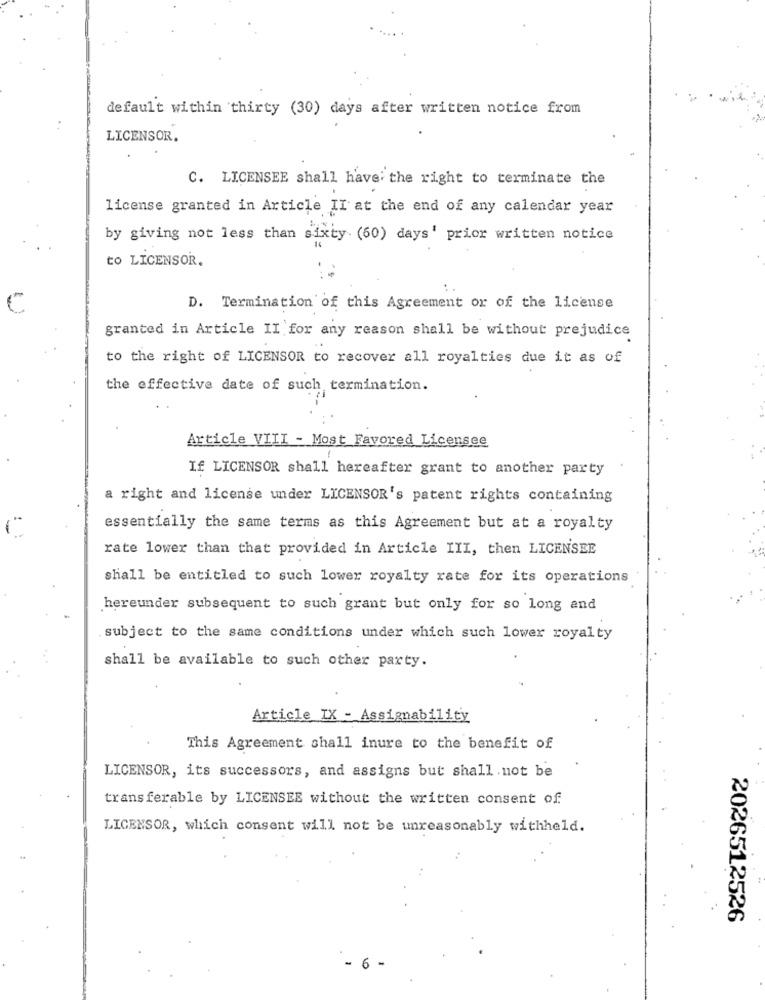
default within thirty (30) days after written notice from
LICENSOR.
C. LICENSEE shall have the right to terminate the
license granted in Article II at the end of any calendar year
by giving not less than sixty (60) days' prior written notice
to LICENSOR.
D. Termination of this Agreement or of the license
granted in Article II for any reason shall be without prejudice
to the right of LICENSOR to recover all royalties due it as of
the effective date of such termination.
Article VIII - Most Favored Licensee
If LICENSOR shall hereafter grant to another party
a right and license under LICENSOR's patent rights containing
essentially the same terms as this Agreement but at a royalty
rate lower than that provided in Article III, then LICENSEE
shall be entitled to such lower royalty rate for its operations
hereunder subsequent to such grant but only for so long and
subject to the same conditions under which such lower royalty
shall be available to such other party.
Article IX - Assignability
This Agreement shall inure to the benefit of
LICENSOR, its successors, and assigns but shall not be
transferable by LICENSEE without the written consent of
LICENSOR, which consent will not be unreasonably withheld.
2026512526
-6